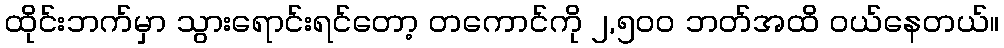
ထိုင်းဘက်မှာ သွားရောင်းရင်တော့ တကောင်ကို ၂,၅၀ဝ ဘတ်အထိ ဝယ်နေတယ်။